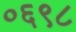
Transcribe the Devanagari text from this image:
०६९८